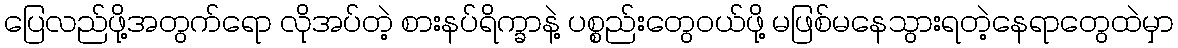
ပြေလည်ဖို့အတွက်ရော လိုအပ်တဲ့ စားနပ်ရိက္ခာနဲ့ ပစ္စည်းတွေဝယ်ဖို့ မဖြစ်မနေသွားရတဲ့နေရာတွေထဲမှာ